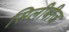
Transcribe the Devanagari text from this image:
सिलीबीज